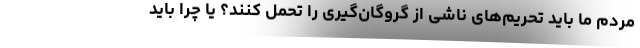
مردم ما باید تحریم‌های ناشی از گروگان‌گیری را تحمل کنند؟ یا چرا باید